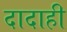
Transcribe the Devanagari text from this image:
दादाही